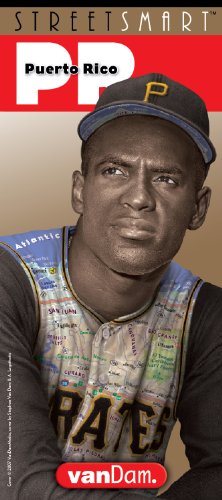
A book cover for StreetSmart Puerto Rico; Stephan Van Dam; Travel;